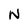
Character: N